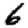
Digit: 6